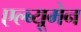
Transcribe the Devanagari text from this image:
एल्ब्यूमेन